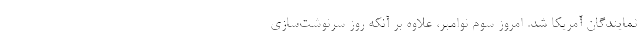
نمایندگان آمریکا شد. امروز سوم نوامبر، علاوه بر آنکه روز سرنوشت‌سازی